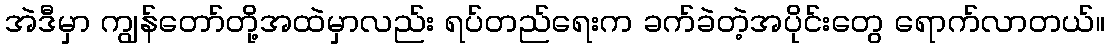
အဲဒီမှာ ကျွန်တော်တို့အထဲမှာလည်း ရပ်တည်ရေးက ခက်ခဲတဲ့အပိုင်းတွေ ရောက်လာတယ်။